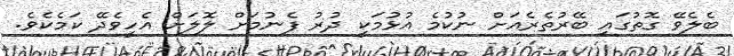
ބެލެވޭ ގޮތުގައި ބޭރުތެރެއަށް ނުކުމެ އުޅުމަކީ ދުރު ފެނުމަށް ލޮލަށް އެހީވެދޭ ކަމެކެވެ.